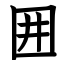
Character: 囲